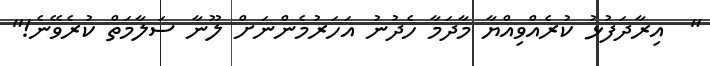
"  އިރާދަފުޅު ކުރެއްވިއްޔާ މާދަމާ ހެދުނު އަހަރުމެންނަށް ލޫނާ ސަލާމަތް ކުރެވޭނެ!"